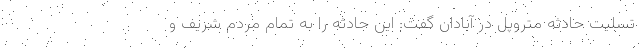
تسلیت حادثه متروپل در آبادان گفت: این حادثه را به تمام مردم شریف و